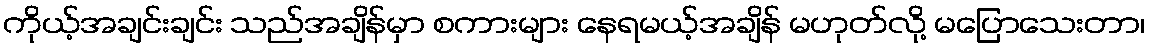
ကိုယ့်အချင်းချင်း သည်အချိန်မှာ စကားများ နေရမယ့်အချိန် မဟုတ်လို့ မပြောသေးတာ၊